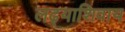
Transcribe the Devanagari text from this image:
लढ्याशिवाय